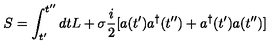
S = \int _ { t ^ { \prime } } ^ { t ^ { \prime \prime } } d t L + \sigma \frac { i } { 2 } [ a ( t ^ { \prime } ) a ^ { \dagger } ( t ^ { \prime \prime } ) + a ^ { \dagger } ( t ^ { \prime } ) a ( t ^ { \prime \prime } ) ]